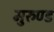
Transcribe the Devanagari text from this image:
मुरुण्ड